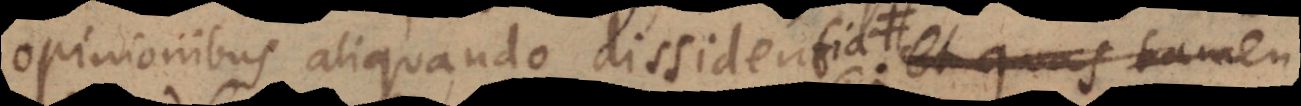
opinionibus aliquando dissidentia; mihi licet